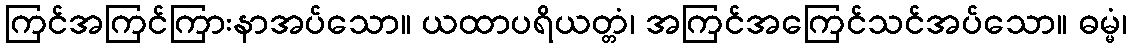
ကြင်အကြင်ကြားနာအပ်သော။ ယထာပရိယတ္တံ၊ အကြင်အကြေင်သင်အပ်သော။ ဓမ္မံ၊